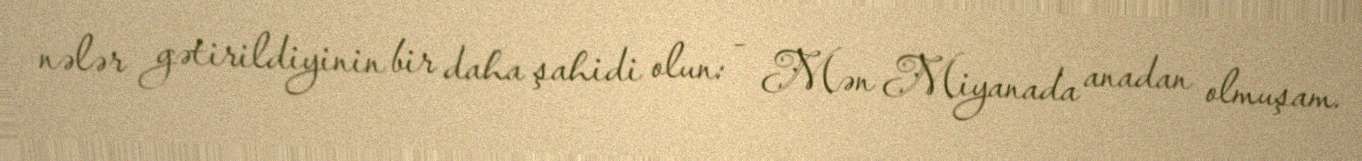
nələr gətirildiyinin bir daha şahidi olun: - Mən Miyanada anadan olmuşam.